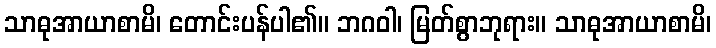
သာဓုအာယာစာမိ၊ တောင်းပန်ပါ၏။ ဘဂဝါ၊ မြတ်စွာဘုရား။ သာဓုအာယာစာမိ၊